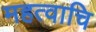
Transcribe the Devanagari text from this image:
महत्वाचि